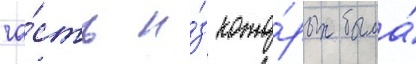
ча́сть и́з кото́рых была́